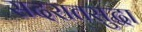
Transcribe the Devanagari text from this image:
सदरातसुद्धा